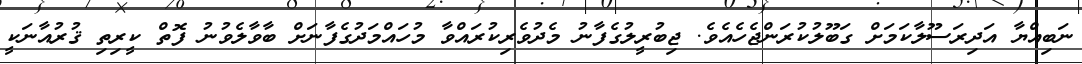
ނަބިއްޔާ އަދިރަސޫލާކަމަށް ގަބޫލުކުރަންޖެހެއެވެ. ޖިބުރީލުގެފާނު މެދުވެރިކުރައްވާ މުހައްމަދުގެފާނަށް ބާވާލެވުނު ފޮތް ކީރިތި ޤުރުއާނަކީ